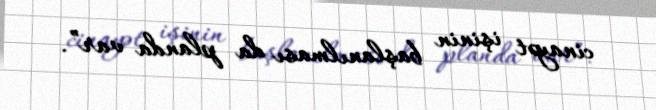
cinayət işinin başlanılması da planda var”.